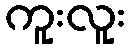
ကူးလူး